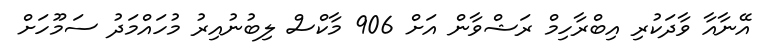
އޭނާއާ ވާދަކުރި އިބްރާހިމް ރަޝްވާން އަށް 906 މާކްސް ލިބުނުއިރު މުހައްމަދު ސަމޫހަށް